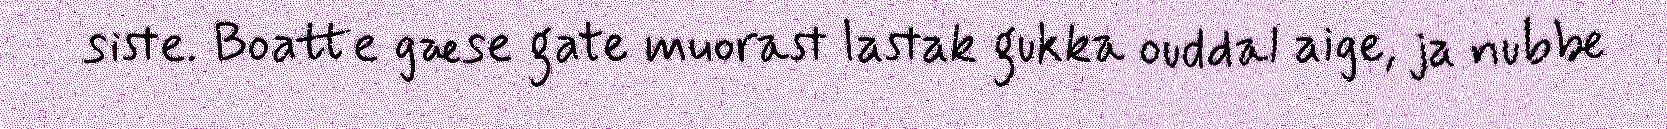
siste. Boatte gæse gate muorast lastak gukka ouddal aige, ja nubbe